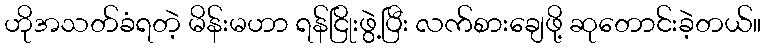
ဟိုအသတ်ခံရတဲ့ မိန်းမဟာ ရန်ငြိုးဖွဲ့ပြီး လက်စားချေဖို့ ဆုတောင်းခဲ့တယ်။